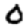
Digit: 0